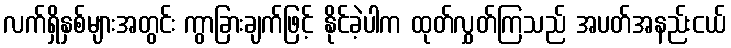
လက်ရှိနှစ်များအတွင်း ကွာခြားချက်ဖြင့် နိုင်ခဲ့ပါက ထုတ်လွှတ်ကြသည် အပတ်အနည်းငယ်